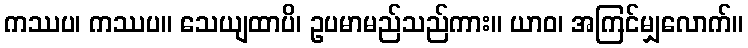
ကဿပ၊ ကဿပ။ သေယျထာပိ၊ ဥပမာမည်သည်ကား။ ယာဝ၊ အကြင်မျှလောက်။